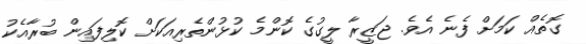
ގޮތެއް ކަމަށް ފެނެ އެވެ. ޖަޒީރާ ލީގުގެ ކޮންމެ ކުޅުންތެރިއަކަށް ކޮލިފައިން ބުރާއެކު